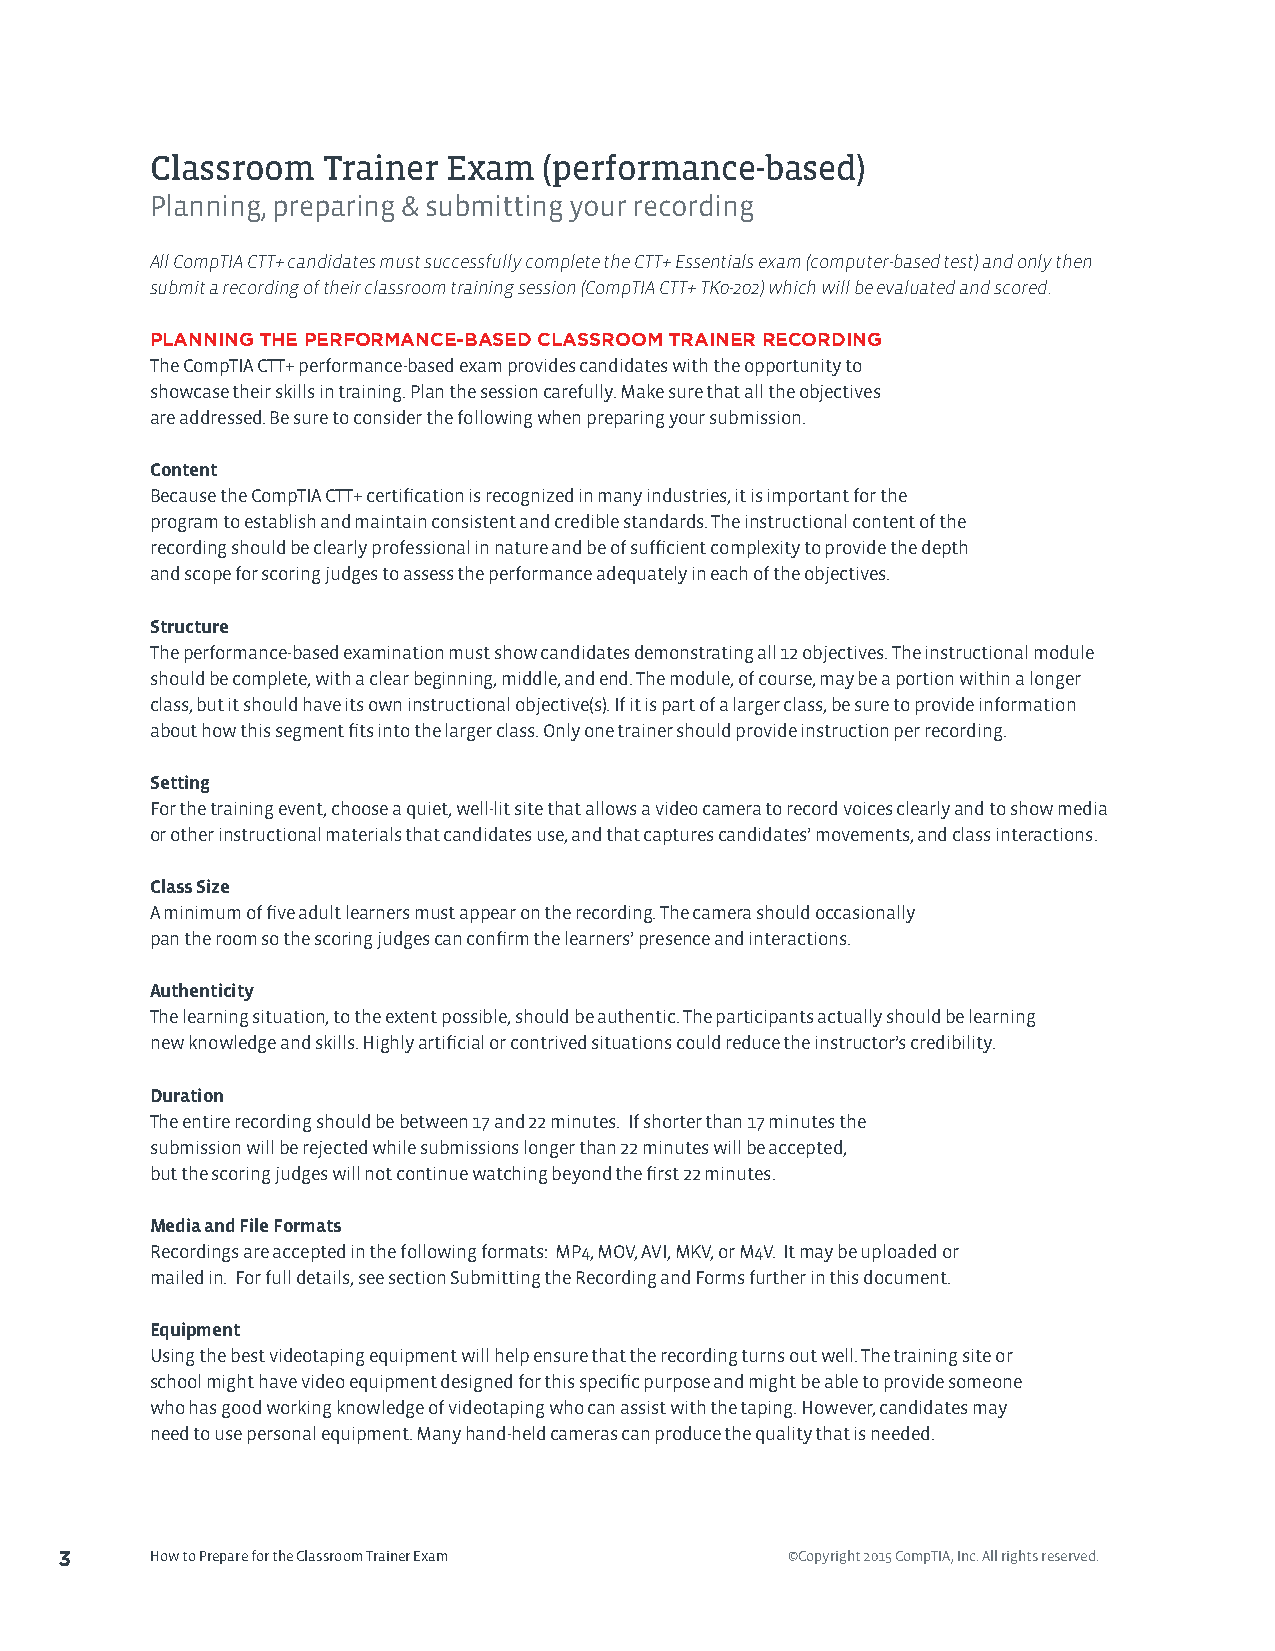
Classroom  Trainer  Exam  (performance-based)
 Planning, preparing & submitting your recording
 All CompTIA CTT+ candidates must successfully complete the CTT+ Essentials exam (computer-based test) and only then
 submit a recording of their classroom training session (CompTIA CTT+ TK0-202) which will be evaluated and scored.
 PLANNING THE PERFORMANCE-BASED CLASSROOM TRAINER RECORDING
 The CompTIA CTT+ performance-based exam provides candidates with the opportunity to
 showcase their skills in training. Plan the session carefully. Make sure that all the objectives
 are addressed. Be sure to consider the following when preparing your submission.
 Content
 Because the CompTIA CTT+ certification is recognized in many industries, it is important for the
 program to establish and maintain consistent and credible standards. The instructional content of the
 recording should be clearly professional in nature and be of sufficient complexity to provide the depth
 and scope for scoring judges to assess the performance adequately in each of the objectives.
 Structure
 The performance-based examination must show candidates demonstrating all 12 objectives. The instructional module
 should be complete, with a clear beginning, middle, and end. The module, of course, may be a portion within a longer
 class, but it should have its own instructional objective(s). If it is part of a larger class, be sure to provide information
 about how this segment fits into the larger class. Only one trainer should provide instruction per recording.
 Setting
 For the training event, choose a quiet, well-lit site that allows a video camera to record voices clearly and to show media
 or other instructional materials that candidates use, and that captures candidates’ movements, and class interactions.
 Class Size
 A minimum of five adult learners must appear on the recording. The camera should occasionally
 pan the room so the scoring judges can confirm the learners’ presence and interactions.
 Authenticity
 The learning situation, to the extent possible, should be authentic. The participants actually should be learning
 new knowledge and skills. Highly artificial or contrived situations could reduce the instructor’s credibility.
 Duration
 The entire recording should be between 17 and 22 minutes. If shorter than 17 minutes the
 submission will be rejected while submissions longer than 22 minutes will be accepted,
 but the scoring judges will not continue watching beyond the first 22 minutes.
 Media and File Formats
 Recordings are accepted in the following formats: MP4, MOV, AVI, MKV, or M4V. It may be uploaded or
 mailed in. For full details, see section Submitting the Recording and Forms further in this document.
 Equipment
 Using the best videotaping equipment will help ensure that the recording turns out well. The training site or
 school might have video equipment designed for this specific purpose and might be able to provide someone
 who has good working knowledge of videotaping who can assist with the taping. However, candidates may
 need to use personal equipment. Many hand-held cameras can produce the quality that is needed.
 3     How to Prepare for the Classroom Trainer Exam ©Copyright 2015 CompTIA, Inc. All rights reserved.